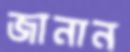
জানান